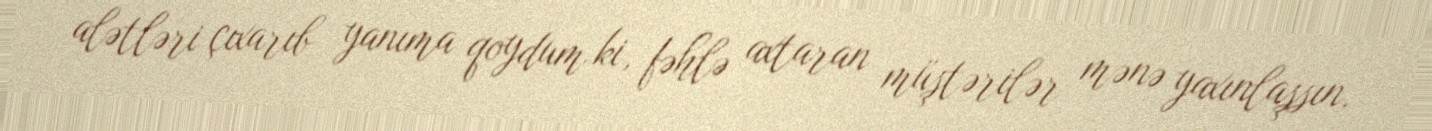
alətləri çıxarıb yanıma qoydum ki, fəhlə axtaran müştərilər mənə yaxınlaşsın.